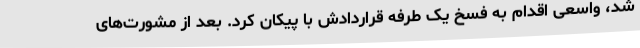
شد، واسعی اقدام به فسخ یک طرفه قراردادش با پیکان کرد. بعد از مشورت‌های